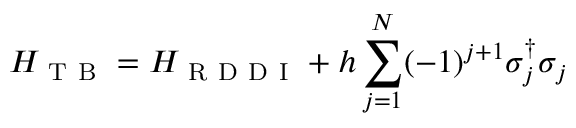
H _ { \mathrm { ~ T ~ B ~ } } = H _ { \mathrm { ~ R ~ D ~ D ~ I ~ } } + h \sum _ { j = 1 } ^ { N } ( - 1 ) ^ { j + 1 } \sigma _ { j } ^ { \dagger } \sigma _ { j }